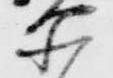
所